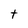
Character: t